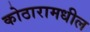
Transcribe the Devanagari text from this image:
कोठारामधील